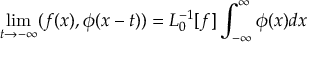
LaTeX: \operatorname * { l i m } _ { t \rightarrow - \infty } ( f ( x ) , \phi ( x - t ) ) = L _ { 0 } ^ { - 1 } [ f ] \int _ { - \infty } ^ { \infty } \phi ( x ) d x